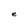
Character: e